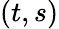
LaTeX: (t,s)